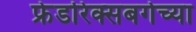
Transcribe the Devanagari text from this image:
फ्रेडरिक्सबर्गच्या